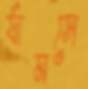
র‍্যামসে